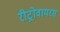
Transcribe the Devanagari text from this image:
रीट्रोवायरस